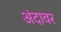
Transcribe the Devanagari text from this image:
अंदावर